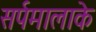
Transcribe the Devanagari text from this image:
सर्पमालाके